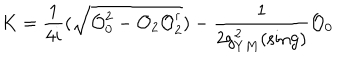
K = \frac { 1 } { 4 i } ( \sqrt { { \cal O } _ { 0 } ^ { 2 } - { \cal O } _ { 2 } { \cal O } _ { 2 } ^ { \dagger } } ) - \frac { 1 } { 2 g _ { Y M } ^ { 2 } ( \mathrm { s i n g } ) } { \cal O } _ { 0 }